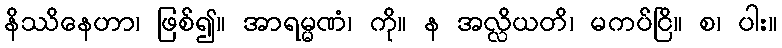
နိဿိနေဟာ၊ ဖြစ်၍။ အာရမ္မဏံ၊ ကို။ န အလ္လိယတိ၊ မကပ်ငြိ။ စ၊ ပါး။